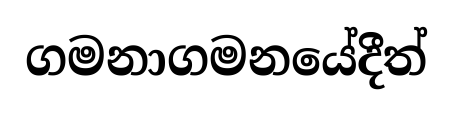
ගමනාගමනයේදීත්